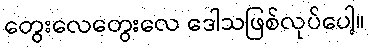
တွေးလေတွေးလေ ဒေါသဖြစ်လုပ်ပေါ့။